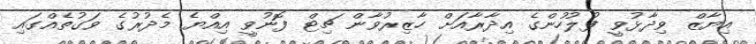
އިޔާޒް ވިދާޅުވީ ފުލުހުންގެ އިދާރާއަށް ހާޒިރުވާން ޗިޓް ފޮނުވީ އިއްޔެ މެދުރުގެ ވަގުތެއްގައި